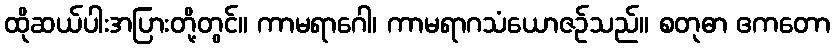
ထိုဆယ်ပါးအပြားတို့တွင်။ ကာမရာဂေါ၊ ကာမရာဂသံယောဇဉ်သည်။ စတုဓာ ဧကတော